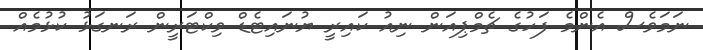
ނަމަވެސް އެންމެ ފަހުގެ ޗެމްޕިއަން ނިއު ކައިރީ ޔުނައިޓެޑް ވިކްޓަރީން ރަނގަޅު ކުޅުމެއް